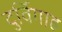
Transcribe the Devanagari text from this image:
दुर्विगाह